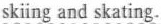
skiing and skating.